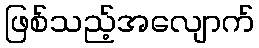
ဖြစ်သည့်အလျောက်